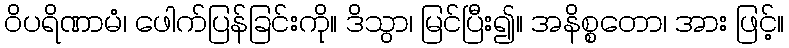
ဝိပရိဏာမံ၊ ဖေါက်ပြန်ခြင်းကို။ ဒိသွာ၊ မြင်ပြီး၍။ အနိစ္စတော၊ အား ဖြင့်။